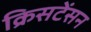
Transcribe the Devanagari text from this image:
क्रिसटेंसन